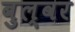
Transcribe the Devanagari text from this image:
बुल्वर